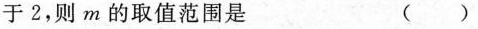
于2，则m的取值范围是 （）